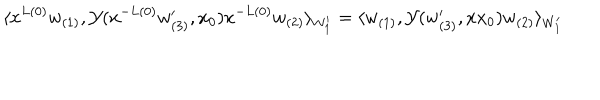
\langle x ^ { L ( 0 ) } w _ { ( 1 ) } , { \cal Y } ( x ^ { - L ( 0 ) } w _ { ( 3 ) } ^ { \prime } , x _ { 0 } ) x ^ { - L ( 0 ) } w _ { ( 2 ) } \rangle _ { W _ { 1 } ^ { \prime } } = \langle w _ { ( 1 ) } , { \cal Y } ( w _ { ( 3 ) } ^ { \prime } , x x _ { 0 } ) w _ { ( 2 ) } \rangle _ { W _ { 1 } ^ { \prime } }